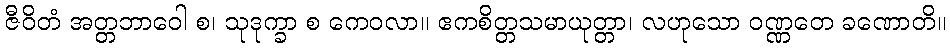
ဇီဝိတံ အတ္တဘာဝေါ စ၊ သုဒုက္ခာ စ ကေဝလာ။ ဧကစိတ္တသမာယုတ္တာ၊ လဟုသော ဝဏ္ဏတေ ခဏောတိ။